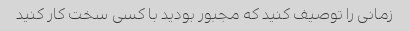
زمانی را توصیف کنید که مجبور بودید با کسی سخت کار کنید